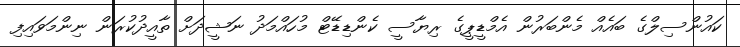
ކައުންސިލްގެ ބައެއް މެންބަރުން އެމްޑީޕީގެ ރިޔާސީ ކެންޑިޑޭޓް މުހައްމަދު ނަޝީދަށް ތާއީދުކުރަން ނިންމަވައިފި